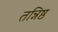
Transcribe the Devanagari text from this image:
तन्निष्ठ